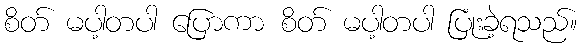
စိတ် မပါ့တပါ ပြောကာ စိတ် မပါ့တပါ ပြုံးခဲ့ရသည်။